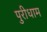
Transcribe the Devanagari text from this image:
पुरीधाम